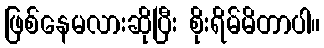
ဖြစ်နေမလားဆိုပြီး စိုးရိမ်မိတာပါ။